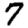
Digit: 7